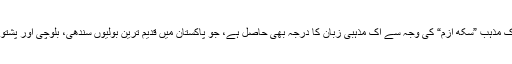
پنجابی زبان کی یہ خوشبختی ہی کم ہے کیا کہ اس کو اک مذہب ”سکھ ازم“ کی وجہ سے اک مذہبی زبان کا درجہ بھی حاصل ہے، جو پاکستان میں قدیم ترین بولیوں سندھی، بلوچی اور پشتو کے ساتھ ساتھ جدید ترین اردو کو بھی حاصل نہیں ہے۔